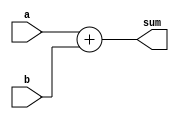
//////////////Adder//////////////
`timescale 1ps/1ps
module adder (sum, a,b);
//////////Inputs
input [31:0] a,b;
/////////Output
output [31:0] sum;
assign #10 sum = a + b;
endmodule